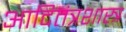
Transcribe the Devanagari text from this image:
आदितंत्रशास्त्र